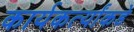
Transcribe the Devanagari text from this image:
कार्यकर्त्यांकडे